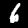
Digit: 6